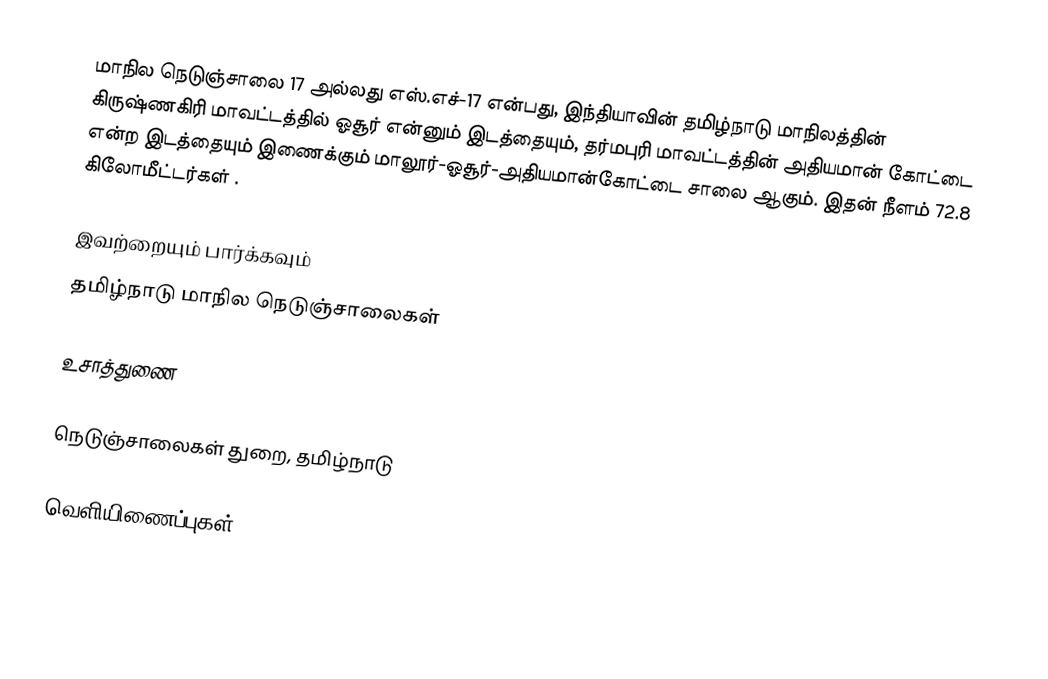
மாநில நெடுஞ்சாலை 17 அல்லது எஸ்.எச்-17 என்பது, இந்தியாவின் தமிழ்நாடு மாநிலத்தின் கிருஷ்ணகிரி மாவட்டத்தில் ஓசூர் என்னும் இடத்தையும், தர்மபுரி மாவட்டத்தின் அதியமான் கோட்டை என்ற இடத்தையும் இணைக்கும் மாலூர்-ஓசூர்-அதியமான்கோட்டை சாலை ஆகும். இதன் நீளம் 72.8  கிலோமீட்டர்கள் .

இவற்றையும் பார்க்கவும்
 தமிழ்நாடு மாநில நெடுஞ்சாலைகள்

உசாத்துணை

 நெடுஞ்சாலைகள் துறை, தமிழ்நாடு

வெளியிணைப்புகள்